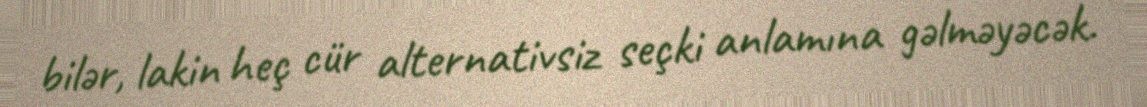
bilər, lakin heç cür alternativsiz seçki anlamına gəlməyəcək.